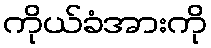
ကိုယ်ခံအားကို